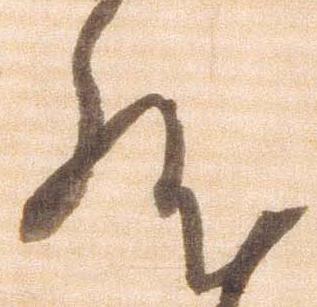
然